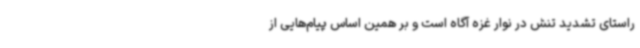
راستای تشدید تنش در نوار غزه آگاه است و بر همین اساس پیام‌هایی از